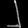
Digit: ၂